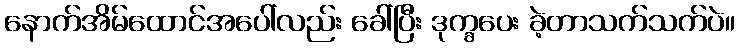
နောက်အိမ်ထောင်အပေါ်လည်း ခေါ်ပြီး ဒုက္ခပေး ခဲ့တာသက်သက်ပဲ။